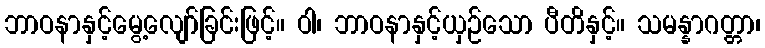
ဘာဝနာနှင့်မွေ့လျော်ခြင်းဖြင့်။ ဝါ၊ ဘာဝနာနှင့်ယှဉ်သော ပီတိနှင့်။ သမန္နာဂတ္တာ၊